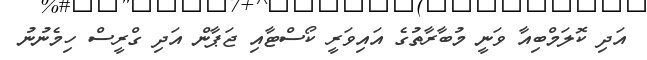
އަދި ކޮލަމްބިއާ ވަނީ މުބާރާތުގެ އައިވަރީ ކޯސްޓާއި ޖަޕާން އަދި ގްރީސް ހިމެނުނު